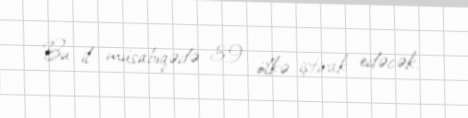
Bu il müsabiqədə 39 ölkə iştirak edəcək.